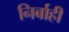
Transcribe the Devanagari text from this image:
निर्बाही